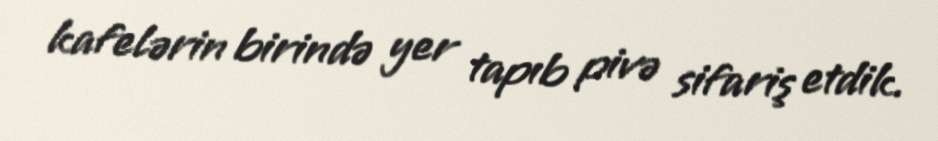
kafelərin birində yer tapıb pivə sifariş etdik.